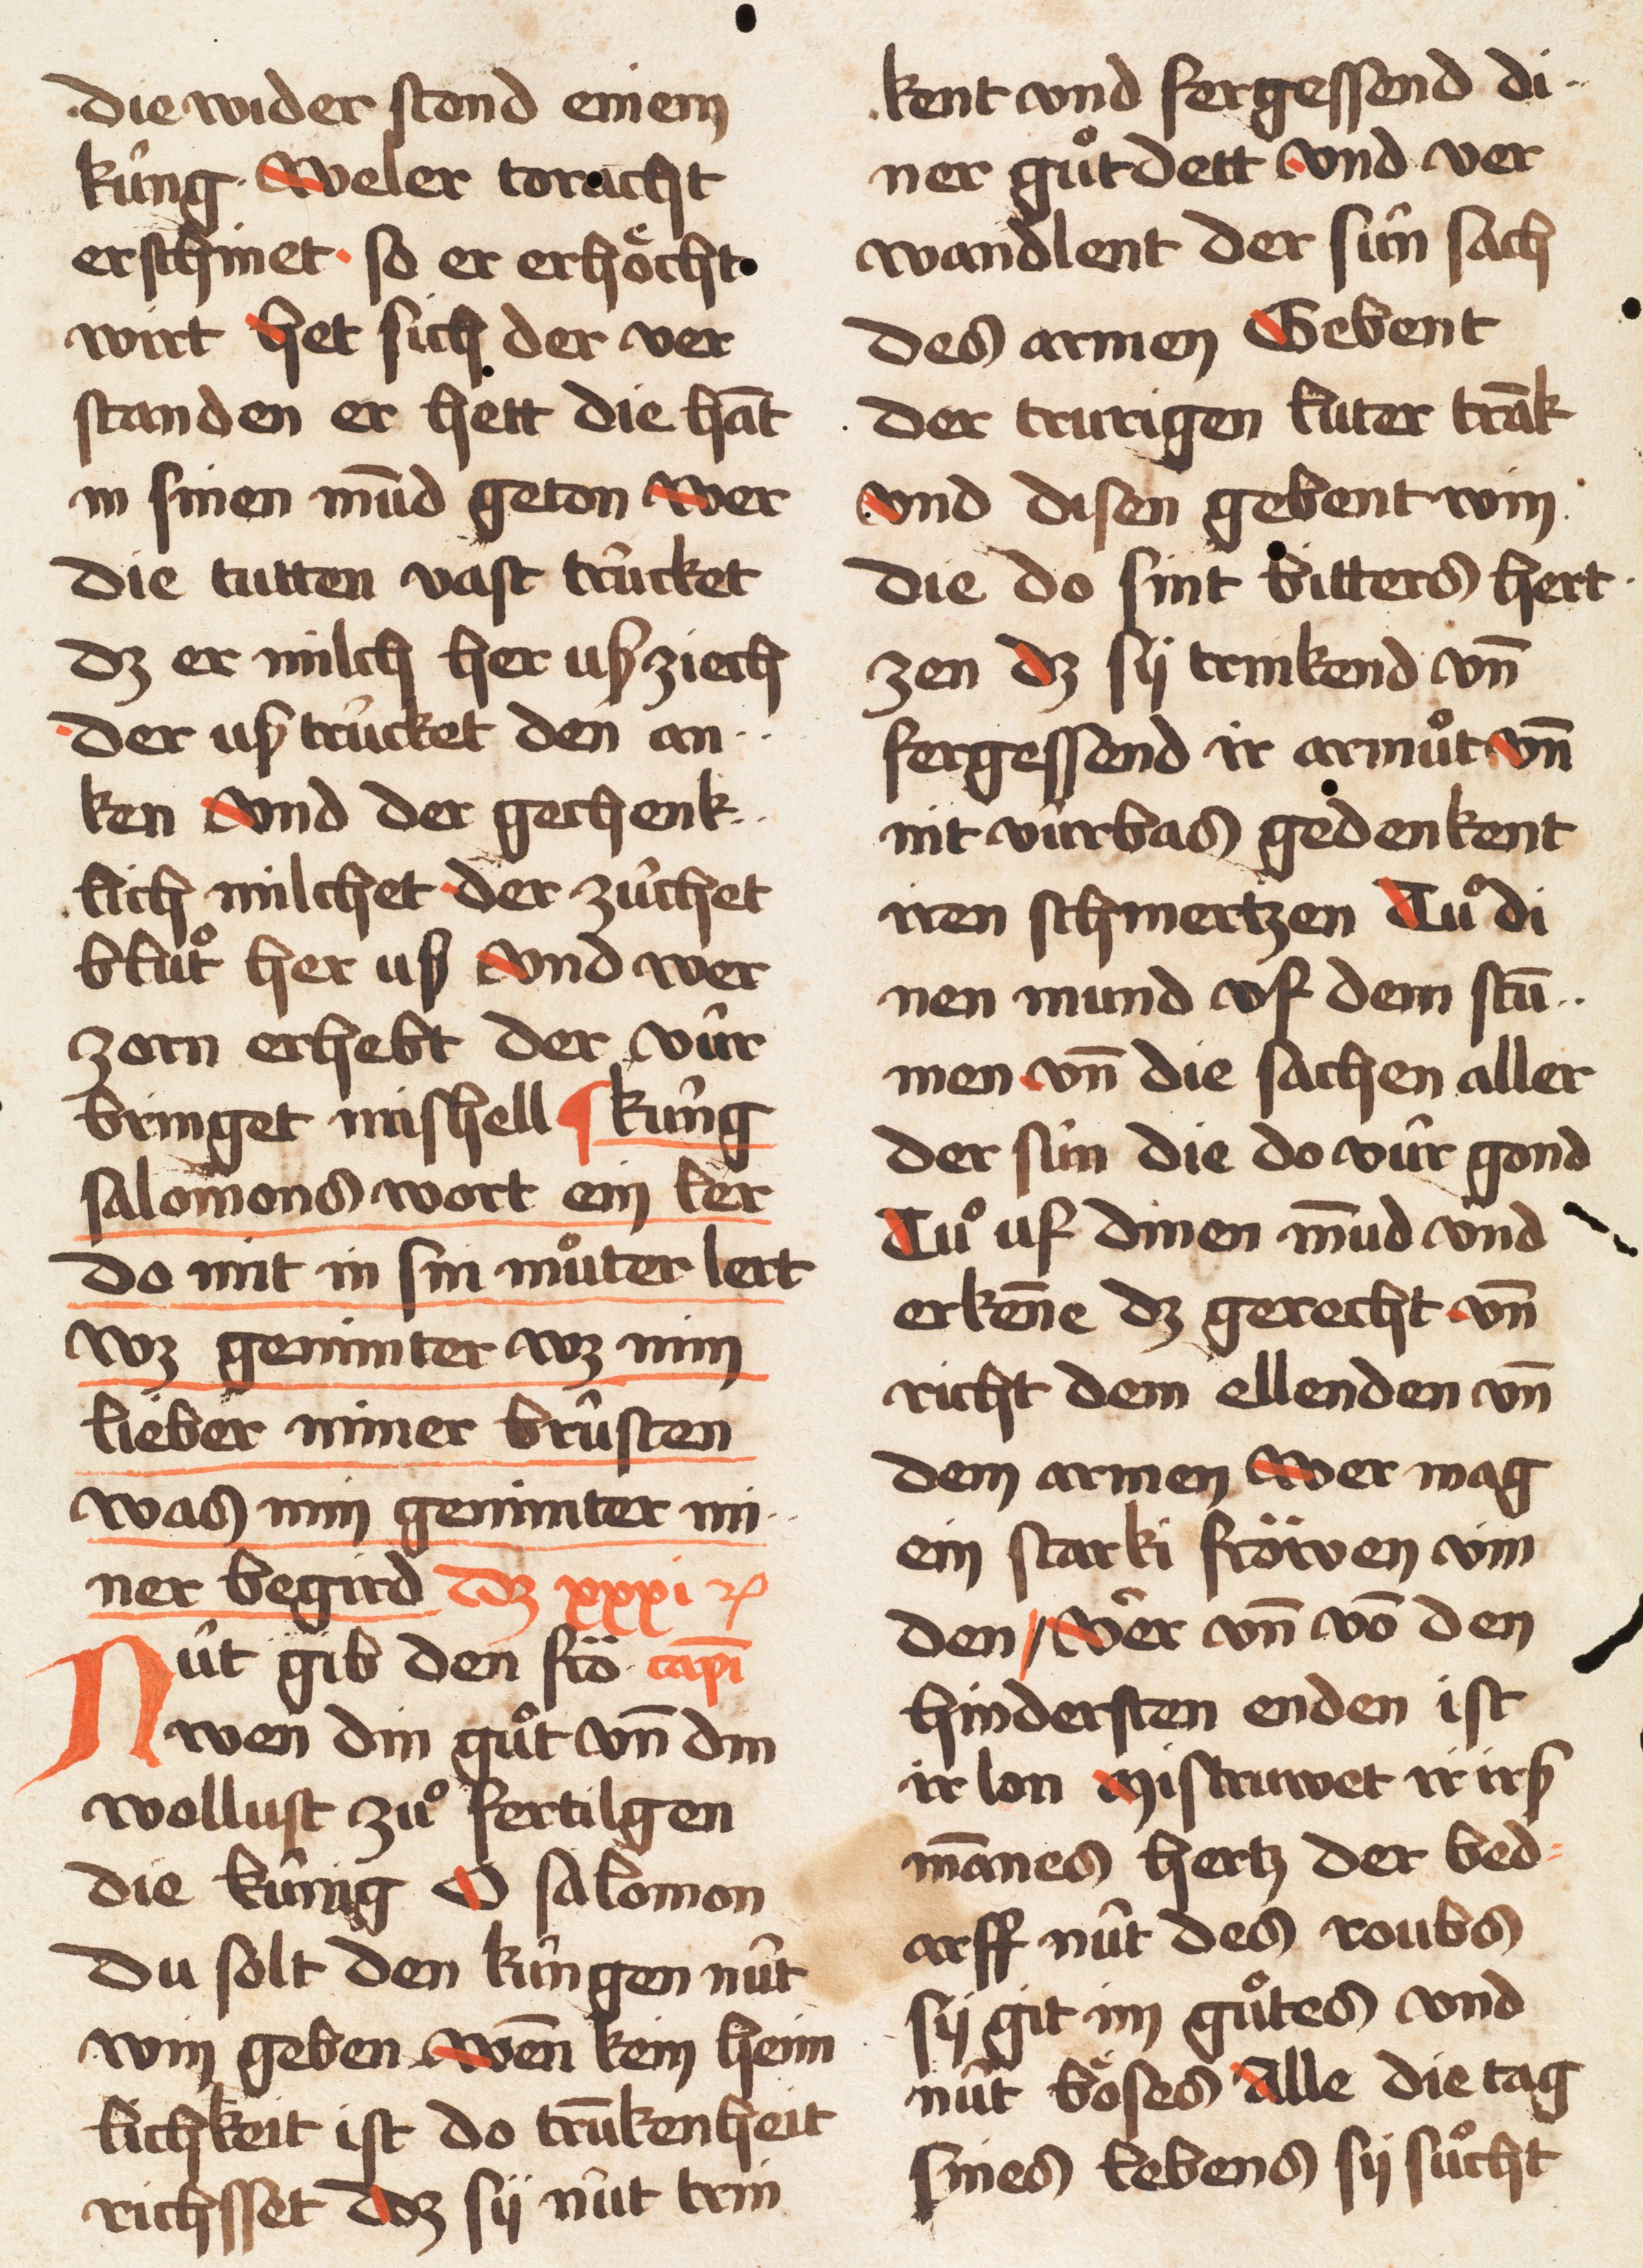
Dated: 1457–1457